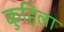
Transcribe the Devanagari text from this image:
कुहिला